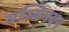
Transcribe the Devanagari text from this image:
यस्त्रिनयन